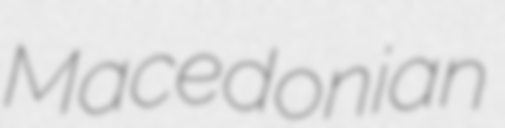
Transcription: Macedonian